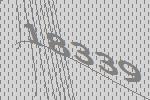
18339